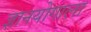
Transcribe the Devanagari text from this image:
ज्ञानयोगाला